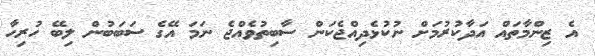
އެ ޒިންމާތައް އަދާކުރުމަށް ނުކުޅެދިއްޖެކަން ސާބިތުވެއްޖެ ނަމަ އޭގެ ސަބަބުން ލިބޭ ހުރިހާ